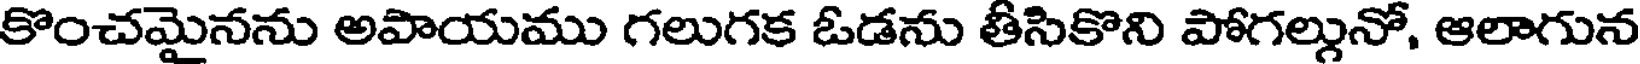
కొంచమైనను అపాయము గలుగక ఓడను తీసికొని పోగల్గునో, ఆలాగున